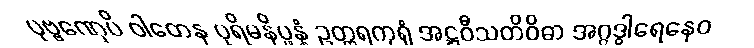
ပုဗ္ဗဏှေပိ ဝါတေန ပုရိမနိပ္ဖန္နံ ဥတ္တရကုရုံ အဋ္ဌဝီသတိဝိဓာ အဂ္ဂဒွါရေနေဝ